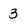
Character: 3